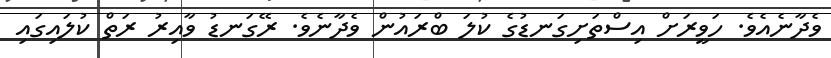
ވެދާނެއެވެ. ހަވީރަށް އިސްތަށިގަނޑުގެ ކުލަ ބްރައުން ވެދާނެވެ. ރޭގަނޑު ވާއިރު ރަތް ކުލައިގައި